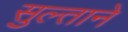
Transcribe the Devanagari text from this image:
सुल्ताने